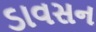
ડાવસન